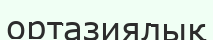
ортазиялық